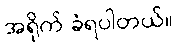
အရိုက် ခံရပါတယ်။